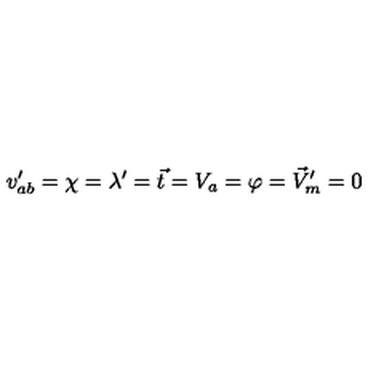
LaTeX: v _ { a b } ^ { \prime } = \chi = \lambda ^ { \prime } = \vec { t } = V _ { a } = \varphi = \vec { V } _ { m } ^ { \prime } = 0